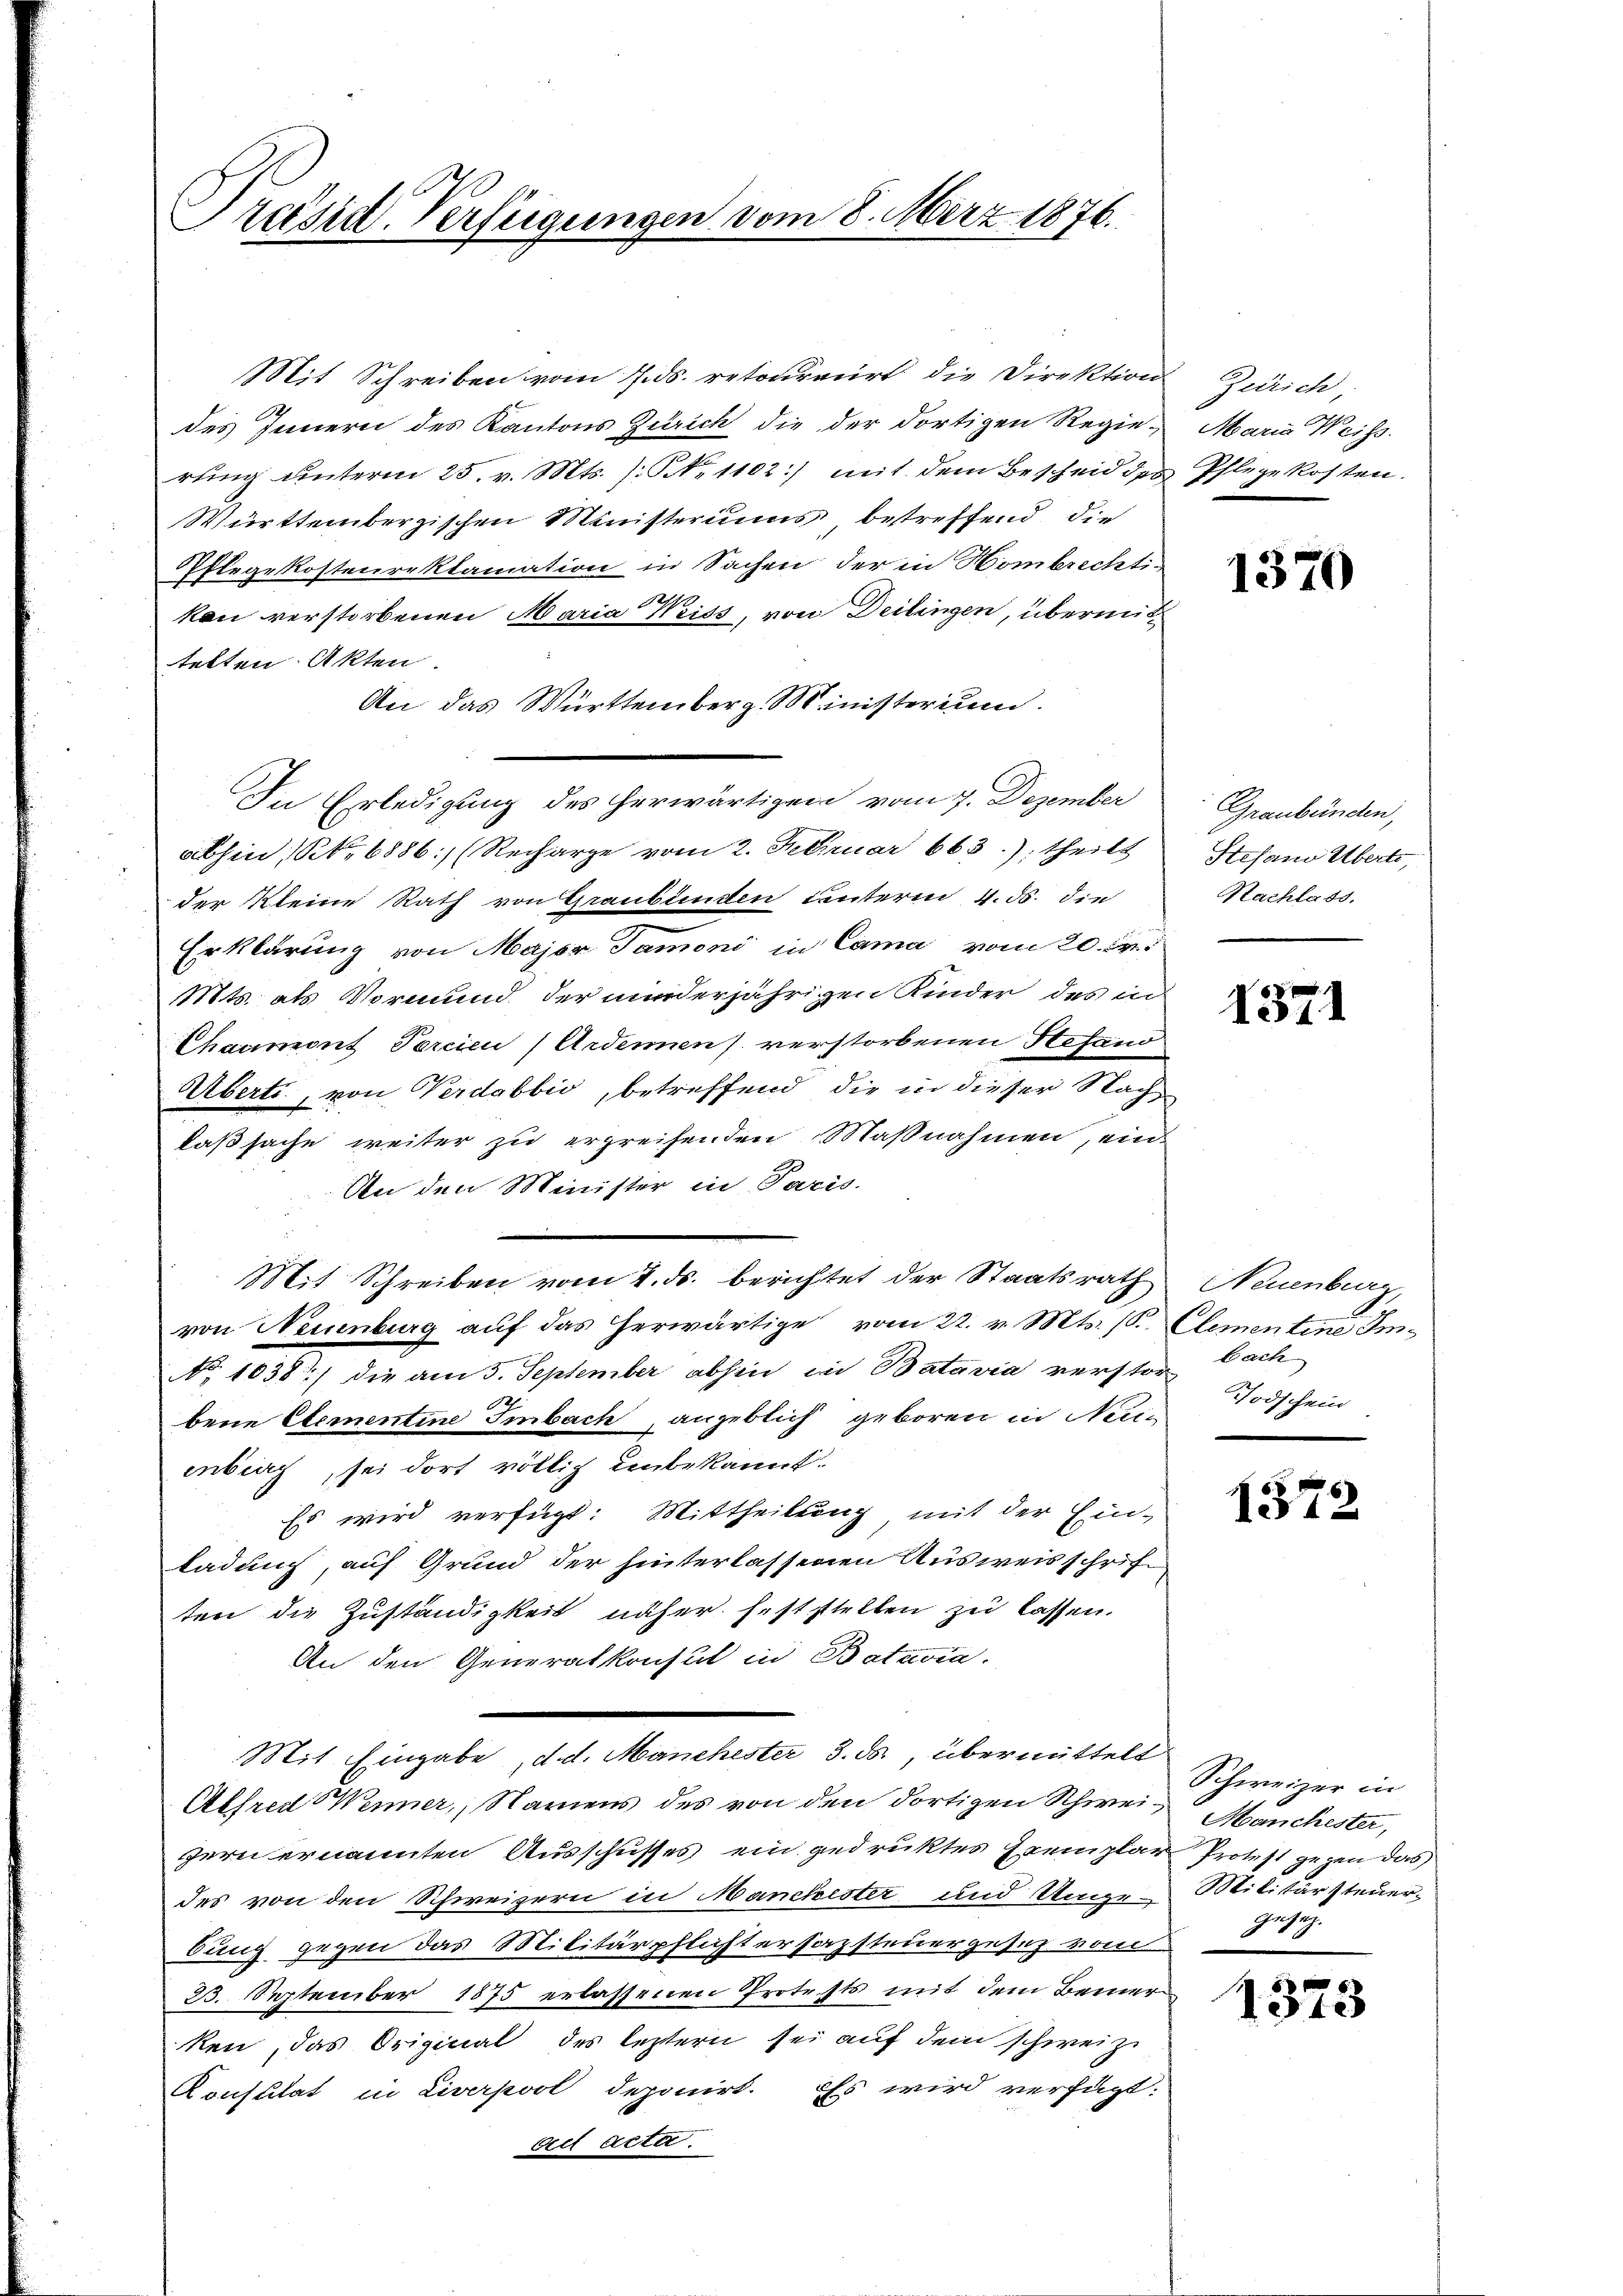
Präsid-Verfügungen vom 8. März 1876.

Mit Schreiben vom 4. ds. retoureurt die Direktion Zürich,
des Innern des Kantons Zürich die der dortigen Regie- Maria Weiss.
rŭng ŭnterm 25. v. Mts. /: No 1102) mit dem Bescheid des Pflegekosten.
Württembergischen Ministeriums betreffend die
Pflegekostenreklamation in Sachen der in Hombrechtikan verstorbenen Maria Weiss, von Deilingen, übermit
tetten Akten.
An das Württemberg. Ministerium
In Erledigung des herwärtigen vom 7. Dezember
abhin, No 6886:/ (Recharge vom 2. Februar 663.) theilt
der Kleine Rath von Graubünden unterm 4. ds. die
Erklärung von Major Tamoni in Cama vom 20. Fr.
Mts. als Vormund der minderjährigen Kinder des in
Chaumont Percicu / Ardenen) verstorbenen Stefand
Überti, von Verdabbić, betreffend die in dieser Nachlaßsache weiter zu ergreifenden Maßnahmen, ein
An den Minister in Paris.
Mit Schreiben vom 2. ds. berichtet der Staatsrath Neuenburg,
von Neuenburg auf das erwärtige vom 22. v. Mts. (S. Elementine Im¬
No 1038) die am 5. September abhin in Batavia verstor Cach
bene Elementine Imbach angeblich geboren in Nein
enberg, sei dort völlig unbekannt.
Es wird verfügt: Mittheilung mit der Ein-
ladung, auf Grund der hinterlassenen Ausweisschrift
ten die Zuständigkeit näher feststellen zu lassen.
An den Generalkonsul in Batavia.
Mit Eingabe, d. d. Manchester 3. ds., übermittelt
Alfred Wenner, Namens des von den dortigen Schwei- Manchester,
zern ernannten Ausschusses ein gedruktes Exemplar Protest gegen das
des von den Schweizern in Manchester und Ungen Militärsteuerbung gegen das Militärpflichtersazsteuergesez vom
23. September 1875 erlassenen Protests mit dem Berner
ken, das Original des leztern sei auf dem schweiz.
Konstitat in Liverpool deponirt. Es wird verfügt:
act acta.

1370

Graubünden,
Stefan Übertr
Nachlass.

1371

Todschein

1372

Schweizer in
gesig

1323